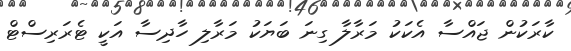
ކާރަކުން ޖައްސާ އެކަކު މަރާލާ ގިނަ ބަޔަކު މަރާލި ހާދިސާ އަކީ ޓެރަރިސްޓް